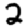
Digit: 2